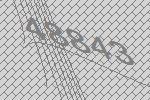
48843